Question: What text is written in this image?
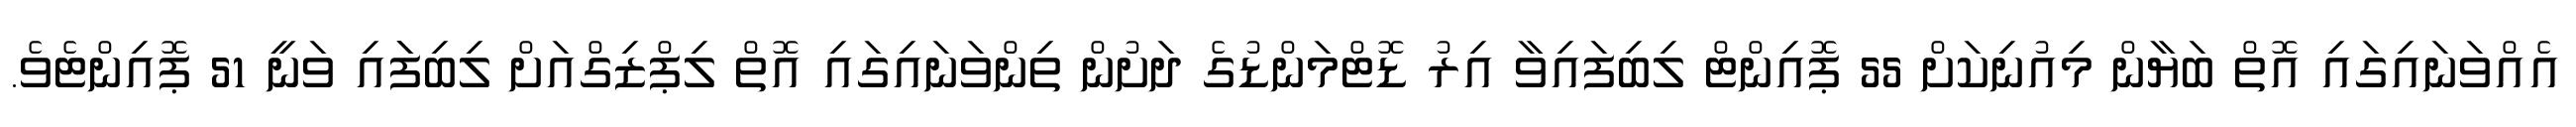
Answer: އެއްވަނައިގައި އޮތް ބަޔާން މިއުނިކަށް 55 ޕޮއިންޓް ލިބިފައިވާ އިރު ޑޮޓްމަންޑުގެ ދަށުން ތިންވަނައިގައި އޮތް ލިޕްޒިގްއަށް ލިބިފަައި ވަނީ 51 ޕޮއިންޓެވެ.